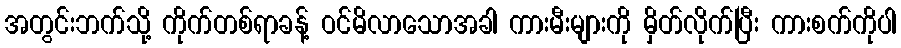
အတွင်းဘက်သို့ ကိုက်တစ်ရာခန့် ဝင်မိလာသောအခါ ကားမီးများကို မှိတ်လိုက်ပြီး ကားစက်ကိုပါ